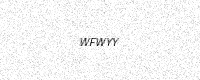
Text: WFWYY